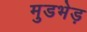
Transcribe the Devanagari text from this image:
मुडभेड़